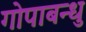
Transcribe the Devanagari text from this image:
गोपाबन्धु